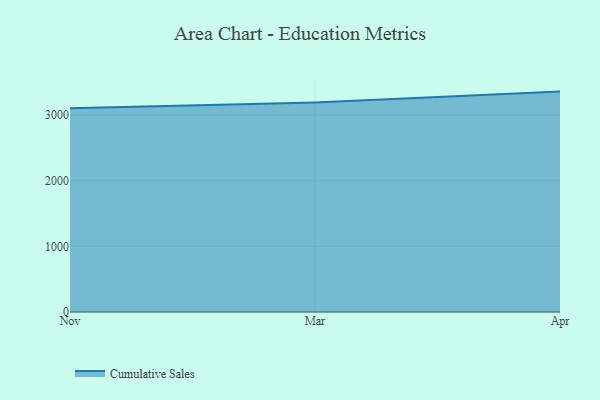
{"axis": {"x": "Month", "y": "Backlog"}, "legend": ["Cumulative Sales"], "data": [{"x": "Nov", "y": 3101.5, "type": "Cumulative Sales"}, {"x": "Mar", "y": 3189.5, "type": "Cumulative Sales"}, {"x": "Apr", "y": 3357.0, "type": "Cumulative Sales"}]}